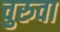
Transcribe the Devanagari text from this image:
चुरुवा